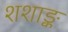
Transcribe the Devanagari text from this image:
शशाङ्क